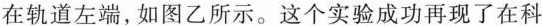
在轨道左端，如图乙所示。这个实验成功再现了在科